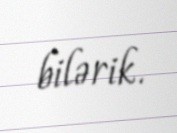
bilərik.